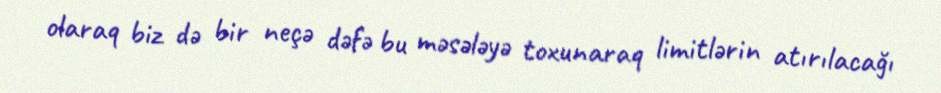
olaraq biz də bir neçə dəfə bu məsələyə toxunaraq limitlərin atırılacağı